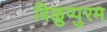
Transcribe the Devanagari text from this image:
विळुप्पुरम